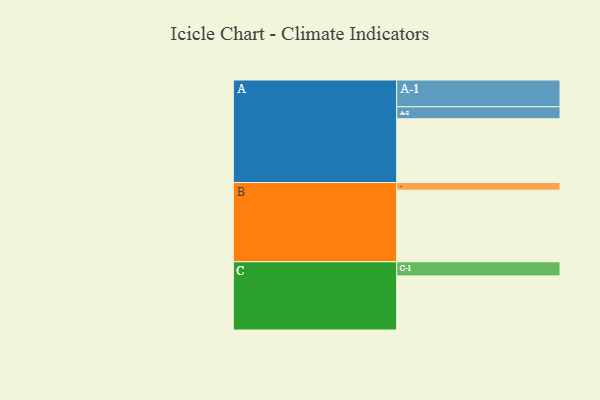
{"axis": {"x": "Segment", "y": "Value"}, "legend": ["", "A", "B", "C"], "data": [{"x": "A", "y": 528, "type": ""}, {"x": "B", "y": 593, "type": ""}, {"x": "C", "y": 448, "type": ""}, {"x": "A-1", "y": 222, "type": "A"}, {"x": "A-2", "y": 99, "type": "A"}, {"x": "B-1", "y": 63, "type": "B"}, {"x": "C-1", "y": 117, "type": "C"}]}